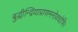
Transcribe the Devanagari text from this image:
बुद्धीन्द्रियाप्राणमनोवचोभिः